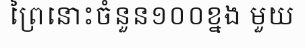
ព្រៃនោះចំនួន១០០ខ្នង មួយ